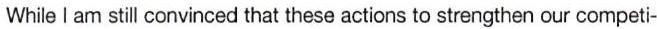
While I am still convinced that these actions to strengthen our competi-